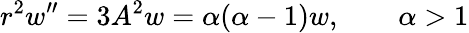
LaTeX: r^{2}w^{\prime\prime}=3A^{2}w=\alpha(\alpha-1)w,\qquad\alpha>1